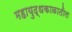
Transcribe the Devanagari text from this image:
महायुद्धकाळातील